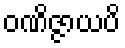
ဝဏိဇ္ဇာယပိ